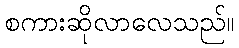
စကားဆိုလာလေသည်။